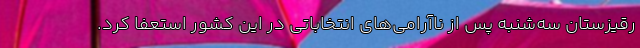
رقیزستان سه‌شنبه پس از ناآرامی‌های انتخاباتی در این کشور استعفا کرد.